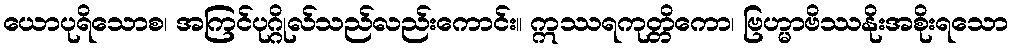
ယောပုရိသောစ၊ အကြင်ပုဂ္ဂိုလ်သည်လည်းကောင်း။ ဣဿရကုတ္တိကော၊ ဗြဟ္မာဗိဿနိုးအစိုးရသော